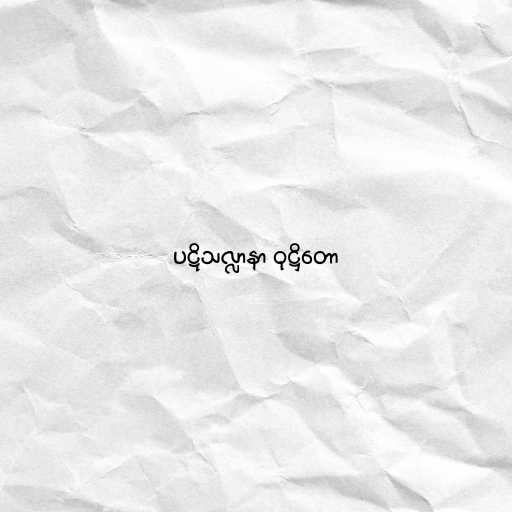
ပဋိသလ္လာနာ ဝုဋ္ဌိတော